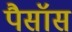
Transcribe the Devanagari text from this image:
पैसॉस